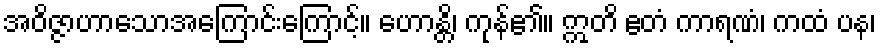
အဝိဇ္ဇာဟာသောအကြောင်းကြောင့်။ ဟောန္တိ၊ ကုန်၏။ ဣတိ ဧတံ ကာရဏံ၊ ကထံ ပန၊